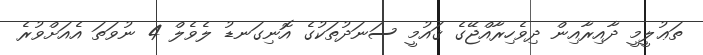
ތަޢުލީމީ ދާއިރާއިން ދިވެހިރާއްޖޭގެ ޤައުމީ ސަނަދުތަކުގެ އޮނިގަނޑު ލެވެލް 4 ނުވަތަ އެއަށްވުރެ